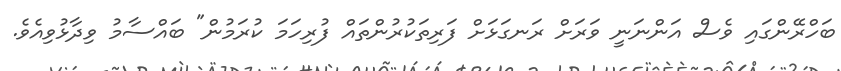
ބަހްރޭންގައި ވެސް އަންނަނީ ވަރަށް ރަނގަޅަށް ފަރިތަކުރުންތައް ފުރިހަމަ ކުރަމުން" ބައްސާމު ވިދާޅުވިއެވެ.